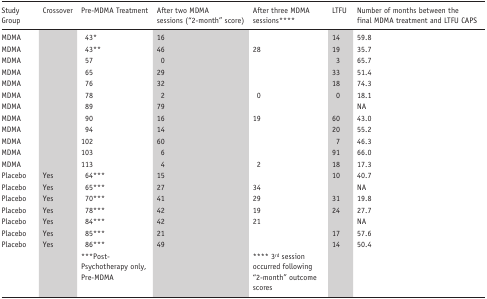
| Study Group | Crossover | Pre-MDMA Treatment | After two MDMA sessions (“2-month” score) | After three MDMA sessions**** | LTFU | Number of months between the final MDMA treatment and LTFU CAPS |
 | --- | --- | --- | --- | --- | --- | --- |
 | MDMA |  | 43* | 16 |  | 14 | 59.8 |
 | MDMA |  | 43** | 46 | 28 | 19 | 35.7 |
 | MDMA |  | 57 | 0 |  | 3 | 65.7 |
 | MDMA |  | 65 | 29 |  | 33 | 51.4 |
 | MDMA |  | 76 | 32 |  | 18 | 74.3 |
 | MDMA |  | 78 | 2 | 0 | 0 | 18.1 |
 | MDMA |  | 89 | 79 |  |  | NA |
 | MDMA |  | 90 | 16 | 19 | 60 | 43.0 |
 | MDMA |  | 94 | 14 |  | 20 | 55.2 |
 | MDMA |  | 102 | 60 |  | 7 | 46.3 |
 | MDMA |  | 103 | 6 |  | 91 | 66.0 |
 | MDMA |  | 113 | 4 | 2 | 18 | 17.3 |
 | Placebo | Yes | 64*** | 15 |  | 10 | 40.7 |
 | Placebo | Yes | 65*** | 27 | 34 |  | NA |
 | Placebo | Yes | 70*** | 41 | 29 | 31 | 19.8 |
 | Placebo | Yes | 78*** | 42 | 19 | 24 | 27.7 |
 | Placebo | Yes | 84*** | 42 | 21 |  | NA |
 | Placebo | Yes | 85*** | 21 |  | 17 | 57.6 |
 | Placebo | Yes | 86*** | 49 |  | 14 | 50.4 |
 |  |  | ***Post- Psychotherapy only, Pre-MDMA |  | **** 3rd session occurred following “2-month” outcome scores |  |  |